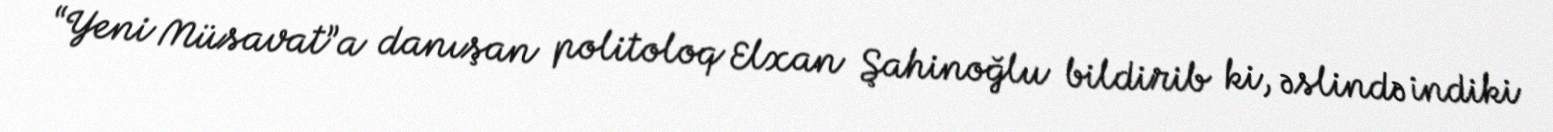
“Yeni Müsavat”a danışan politoloq Elxan Şahinoğlu bildirib ki, əslində indiki